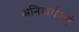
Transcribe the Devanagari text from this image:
अनिवार्यताएं